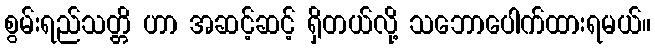
စွမ်းရည်သတ္တိ ဟာ အဆင့်ဆင့် ရှိတယ်လို့ သဘောပေါက်ထားရမယ်။